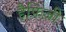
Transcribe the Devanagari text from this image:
हैफ़िज़ी